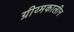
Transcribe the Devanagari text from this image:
ग्रीय्मकालीन